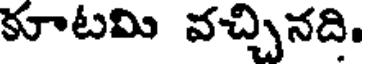
కూటమి వచ్చినది.